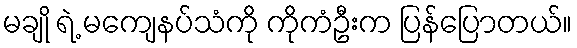
မချို ရဲ့ မကျေနပ်သံကို ကိုကံဦးက ပြန်ပြောတယ်။